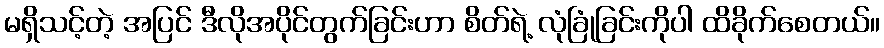
မရှိသင့်တဲ့ အပြင် ဒီလိုအပိုင်တွက်ခြင်းဟာ စိတ်ရဲ့ လုံခြုံခြင်းကိုပါ ထိခိုက်စေတယ်။